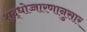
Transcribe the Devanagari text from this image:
शुद्धोच्चारणानुसार